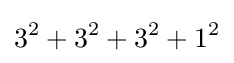
3^{2}+3^{2}+3^{2}+1^{2}